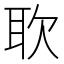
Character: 𫆁